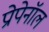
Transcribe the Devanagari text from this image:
प्रोपेनॉल